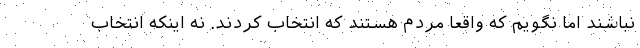
نباشند اما نگويم كه واقعا مردم هستند كه انتخاب كردند. نه اينكه انتخاب